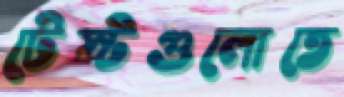
টেস্টগুলোতে